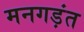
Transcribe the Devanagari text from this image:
मनगड़ंत